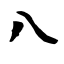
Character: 八